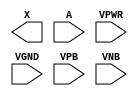
module sky130_fd_sc_hvl__probe_p (
    X   ,
    A   ,
    VPWR,
    VGND,
    VPB ,
    VNB
);

    output X   ;
    input  A   ;
    input  VPWR;
    input  VGND;
    input  VPB ;
    input  VNB ;
endmodule